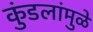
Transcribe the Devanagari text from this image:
कुंडलांमुळे